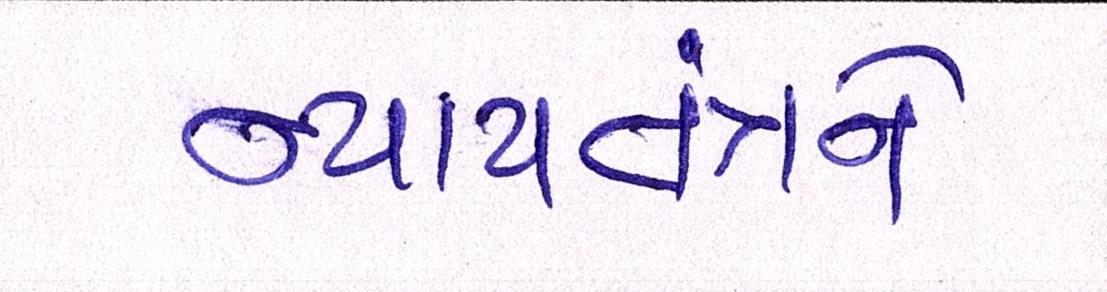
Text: ન્યાયતંત્રને